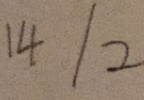
1 4 / 2